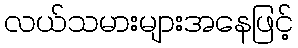
လယ်သမားများအနေဖြင့်